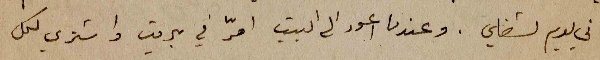
تاني يوم لشغلي. وعندما اعود الى البيت امرّ في عبرين واشتري لكل